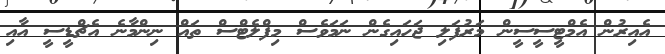
އެއިރުން އެމްޓީސީސީން މަރުފަލި ޖަހައިގެން ނަމަވެސް މިފްލެޓްސް ތައް ނިންމާނެ އެޗްޑީސީ އާއި